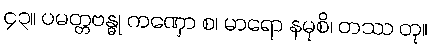
၄၃။ ပမတ္တဗန္ဓု ကဏှော စ၊ မာရော နမုစိ၊ တဿ တု။